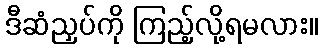
ဒီဆံညှပ်ကို ကြည့်လို့ရမလား။